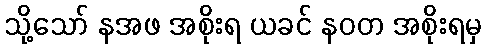
သို့သော် နအဖ အစိုးရ ယခင် နဝတ အစိုးရမှ